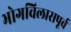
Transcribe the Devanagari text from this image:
भोगविलासपूर्व